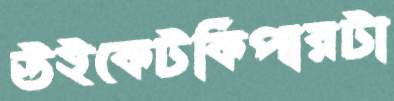
উইকেটকিপারটা